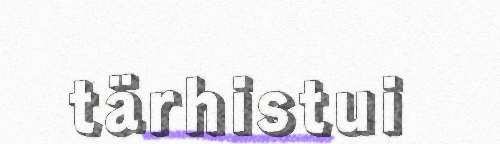
tärhistui